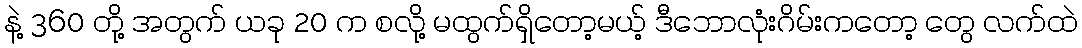
နဲ့ 360 တို့ အတွက် ယခု 20 က စလို့ မထွက်ရှိတော့မယ့် ဒီဘောလုံးဂိမ်းကတော့ တွေ လက်ထဲ